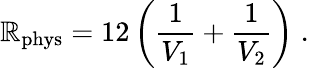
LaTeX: \mathbb{R}_{\mathrm{{phys}}}=12\left(\frac{{1}}{{V_{1}}}+\frac{{1}}{{V_{2}}}\right)\; .